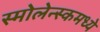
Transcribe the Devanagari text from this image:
स्मोलेन्स्कमध्ये